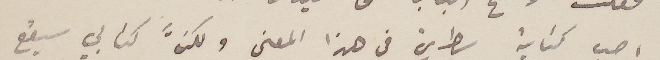
احب كتابة سطرين في هذا المعنى ولكنَّ كتابي سيقع